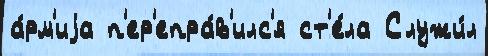
а́рм'иjа п'ер'епра́в'илс'я ст'е́ла Служи́л